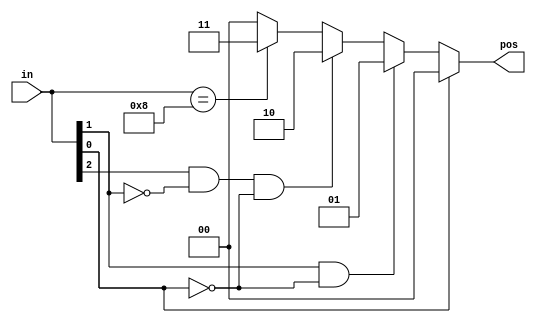
// synthesis verilog_input_version verilog_2001
module top_module (
    input [3:0] in,
    output reg [1:0] pos  );
    
    always @(*) begin
        if(in[0]==1)
            pos = 0;
        else if(in[1]==1 && in[0]==0)
            pos = 1;
        else if(in[2]==1 && in[1]==0 && in[0]==0)
            pos = 2;
        else if(in == 4'b1000)
            pos = 3;
        else 
            pos = 0;
    end
endmodule